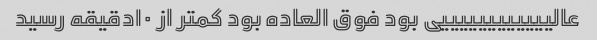
عالییییییییییییی بود فوق العاده بود کمتر از ۱۰دقیقه رسید